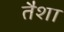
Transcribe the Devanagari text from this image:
तैशा